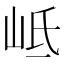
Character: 岻